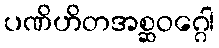
ပဏိဟိတအစ္ဆဝဂ္ဂေါ